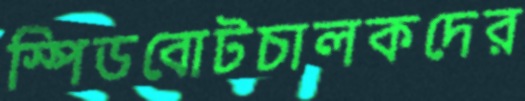
স্পিডবোটচালকদের